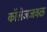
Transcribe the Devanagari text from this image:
कॉलेजजवळ